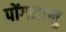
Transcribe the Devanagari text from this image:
पोंगनालु